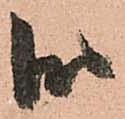
御